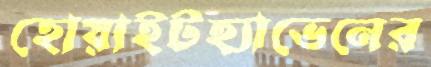
হোয়াইটহ্যাভেনের